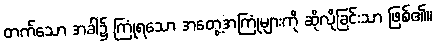
တက်သော အခါ၌ ကြုံရသော အတွေ့အကြုံများကို ဆိုလိုခြင်းသာ ဖြစ်၏။